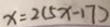
x = 2 ( 5 x - 1 7 )